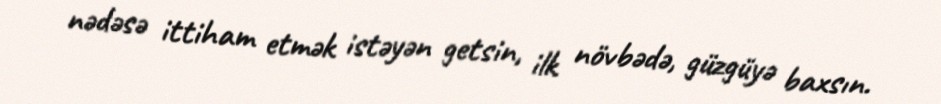
nədəsə ittiham etmək istəyən getsin, ilk növbədə, güzgüyə baxsın.